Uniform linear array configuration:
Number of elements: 8
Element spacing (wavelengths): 0.75
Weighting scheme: binomial
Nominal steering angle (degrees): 15
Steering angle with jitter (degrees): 16.267
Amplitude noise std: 0.05
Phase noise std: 0.05

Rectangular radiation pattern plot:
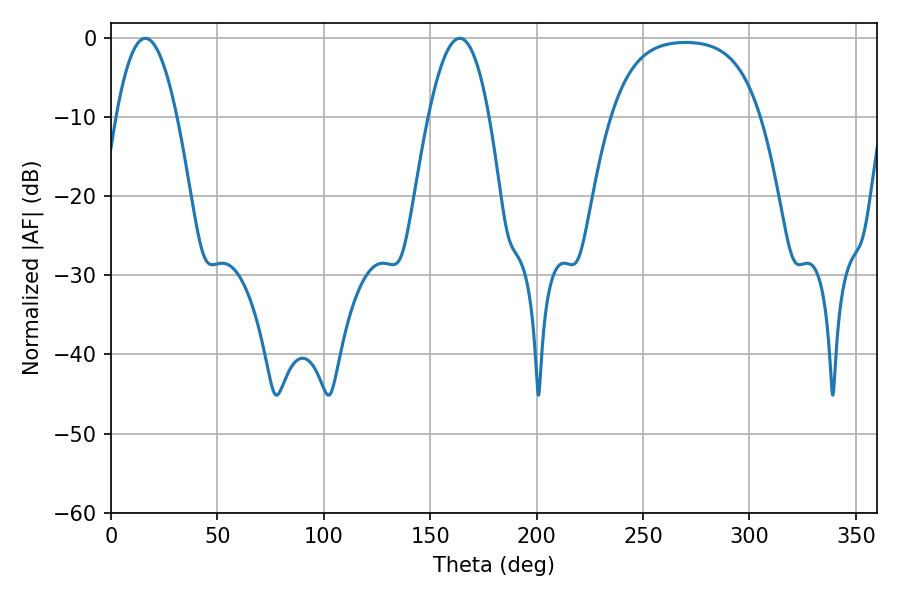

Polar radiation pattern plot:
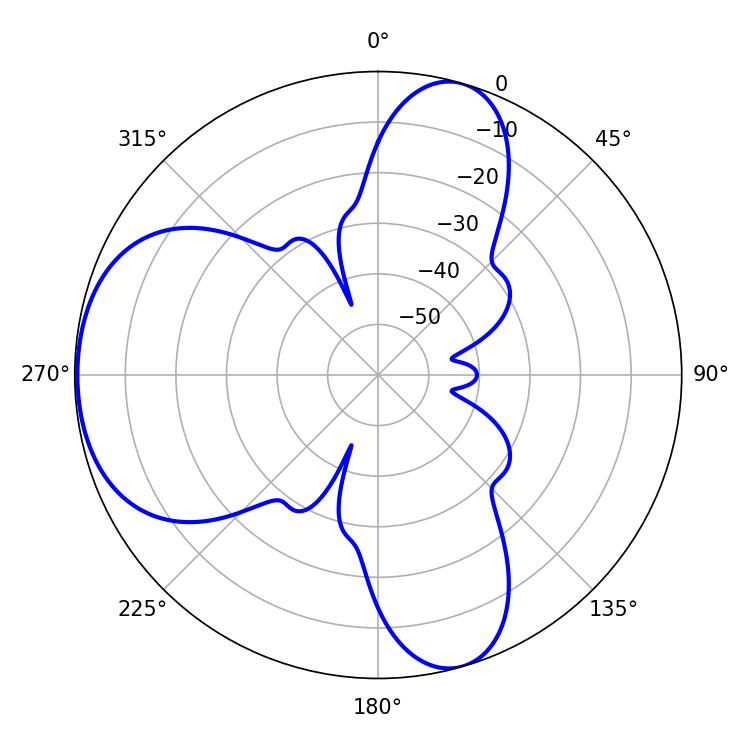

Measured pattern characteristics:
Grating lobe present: TRUE
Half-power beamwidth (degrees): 15.66
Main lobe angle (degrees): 16.2